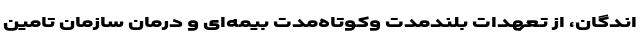
اندگان، از تعهدات بلندمدت وکوتاه‌مدت بیمه‌ای و درمانِ سازمان تامین